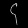
Digit: ၄